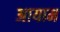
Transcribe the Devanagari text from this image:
अायाम